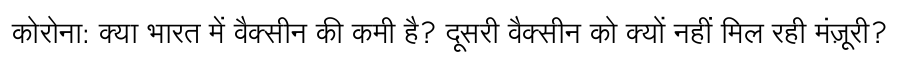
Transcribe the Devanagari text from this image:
कोरोना: क्या भारत में वैक्सीन की कमी है? दूसरी वैक्सीन को क्यों नहीं मिल रही मंज़ूरी?